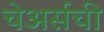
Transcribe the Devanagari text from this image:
चेअर्सची